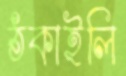
ঠকাইলি